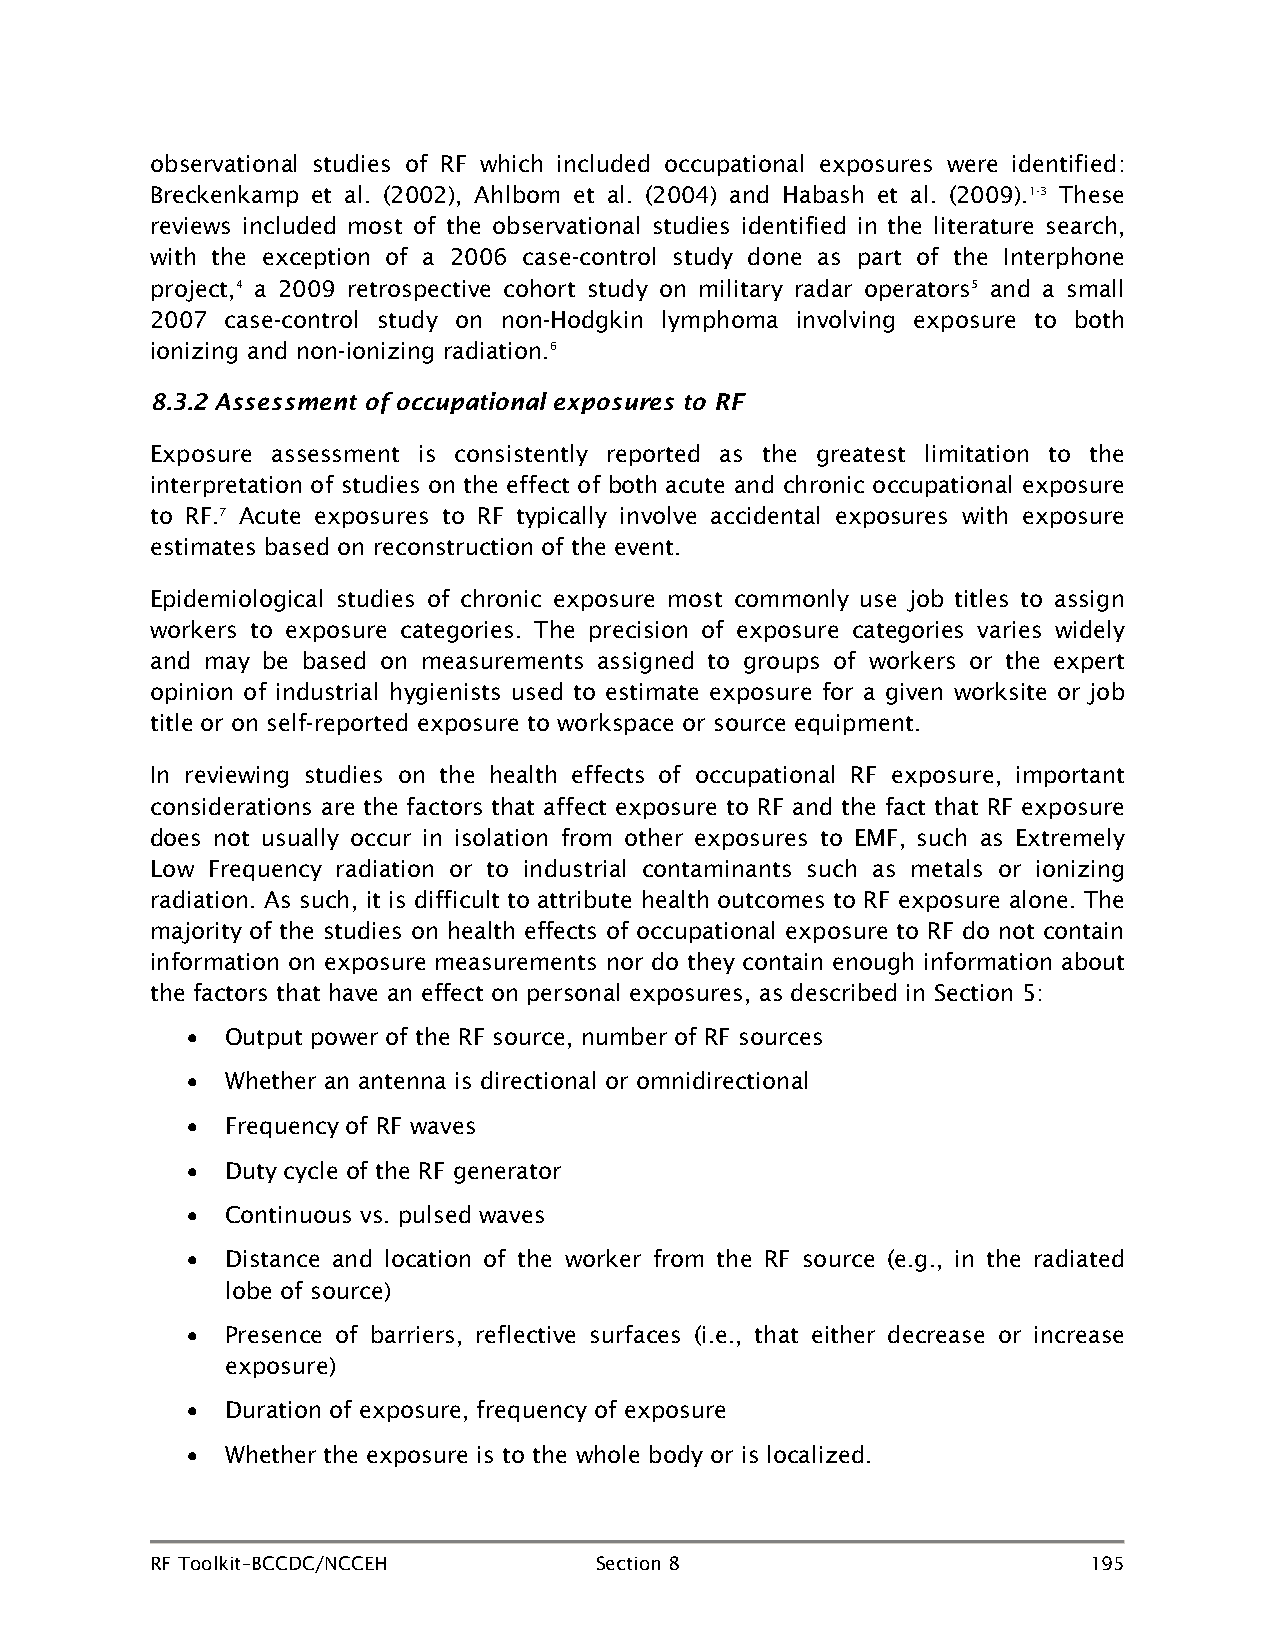
observational studies of RF which included occupational exposures were identified:
 Breckenkamp et al. (2002), Ahlbom et al. (2004) and Habash et al. (2009).1-3 These
 reviews included most of the observational studies identified in the literature search,
 with the exception of a 2006 case-control study done as part of the Interphone
 project,4 a 2009 retrospective cohort study on military radar operators5 and a small
 2007 case-control study on non-Hodgkin lymphoma involving exposure to both
 ionizing and non-ionizing radiation.6
 8.3.2 Assessment of occupational exposures to RF
 Exposure assessment is consistently reported as the greatest limitation to the
 interpretation of studies on the effect of both acute and chronic occupational exposure
 to RF.7 Acute exposures to RF typically involve accidental exposures with exposure
 estimates based on reconstruction of the event.
 Epidemiological studies of chronic exposure most commonly use job titles to assign
 workers to exposure categories. The precision of exposure categories varies widely
 and may be based on measurements assigned to groups of workers or the expert
 opinion of industrial hygienists used to estimate exposure for a given worksite or job
 title or on self-reported exposure to workspace or source equipment.
 In reviewing studies on the health effects of occupational RF exposure, important
 considerations are the factors that affect exposure to RF and the fact that RF exposure
 does not usually occur in isolation from other exposures to EMF, such as Extremely
 Low Frequency radiation or to industrial contaminants such as metals or ionizing
 radiation. As such, it is difficult to attribute health outcomes to RF exposure alone. The
 majority of the studies on health effects of occupational exposure to RF do not contain
 information on exposure measurements nor do they contain enough information about
 the factors that have an effect on personal exposures, as described in Section 5:
 •  Output power of the RF source, number of RF sources
 •  Whether an antenna is directional or omnidirectional
 •  Frequency of RF waves
 •  Duty cycle of the RF generator
 •  Continuous vs. pulsed waves
 •  Distance and location of the worker from the RF source (e.g., in the radiated
 lobe of source)
 •  Presence of barriers, reflective surfaces (i.e., that either decrease or increase
 exposure)
 •  Duration of exposure, frequency of exposure
 •  Whether the exposure is to the whole body or is localized.
 RF Toolkit–BCCDC/NCCEH       Section 8                        195